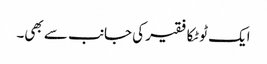
ایک ٹوٹکا فقیر کی جانب سے بھی۔